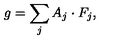
g = \sum _ { j } A _ { j } \cdot F _ { j } ,